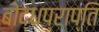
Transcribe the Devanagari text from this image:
बोद्धप्राप्ति